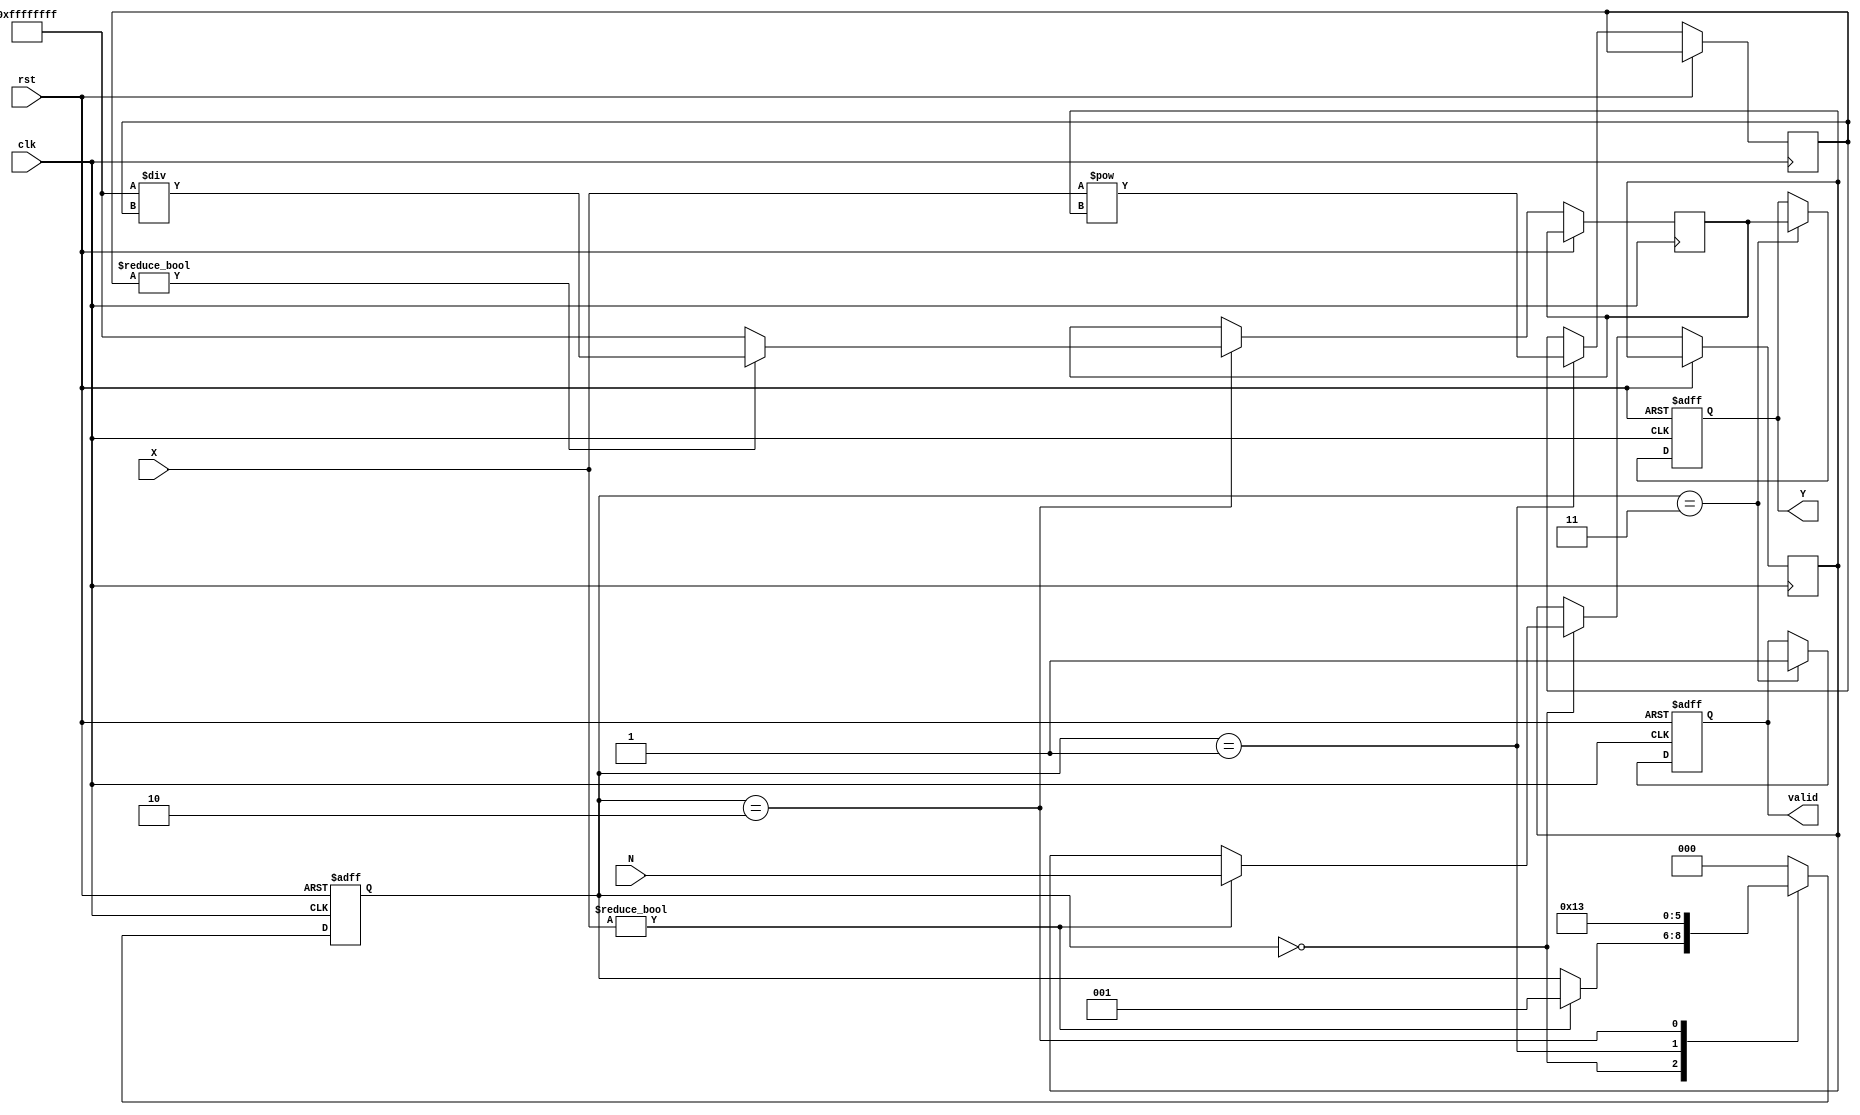
module fractional_order_reciprocal (
    input wire clk,
    input wire rst,
    input wire [15:0] X,      // Input data (fixed-point representation)
    input wire [15:0] N,      // Fractional order (fixed-point representation)
    output reg [31:0] Y,       // Output data (fixed-point representation)
    output reg valid           // Output valid signal
);

    // Internal signals
    reg [31:0] X_pow_N;        // Result of X^N
    reg [31:0] reciprocal;      // Reciprocal of X_pow_N
    reg [2:0] state;           // State for FSM
    reg [15:0] exponent;       // Exponent for calculations
    reg [15:0] mantissa;       // Mantissa for calculations

    // State encoding
    localparam IDLE = 3'b000,
               EXPONENTIATE = 3'b001,
               RECIPROCAL = 3'b010,
               OUTPUT = 3'b011;

    // Exponentiation Unit (simple iterative method for demonstration)
    always @(posedge clk or posedge rst) begin
        if (rst) begin
            state <= IDLE;
            Y <= 0;
            valid <= 0;
        end else begin
            case (state)
                IDLE: begin
                    if (X != 0) begin
                        state <= EXPONENTIATE;
                        exponent <= N; // Load the exponent
                    end
                end
                
                EXPONENTIATE: begin
                    // Simple exponentiation (X^N) - this is a placeholder
                    // A more complex algorithm should be implemented here
                    X_pow_N <= X ** exponent; // Replace with actual exponentiation logic
                    state <= RECIPROCAL;
                end
                
                RECIPROCAL: begin
                    // Compute reciprocal (1 / X_pow_N)
                    if (X_pow_N != 0) begin
                        reciprocal <= 32'hFFFFFFFF / X_pow_N; // Simple reciprocal calculation
                    end else begin
                        reciprocal <= 32'hFFFFFFFF; // Handle division by zero
                    end
                    state <= OUTPUT;
                end
                
                OUTPUT: begin
                    Y <= reciprocal; // Output the result
                    valid <= 1;      // Indicate valid output
                    state <= IDLE;   // Go back to IDLE
                end
                
                default: state <= IDLE;
            endcase
        end
    end

endmodule